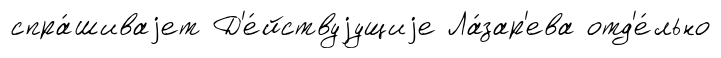
спра́шиваjет Д'е́йствуjущиjе Ла́зар'ева отд'е́льно